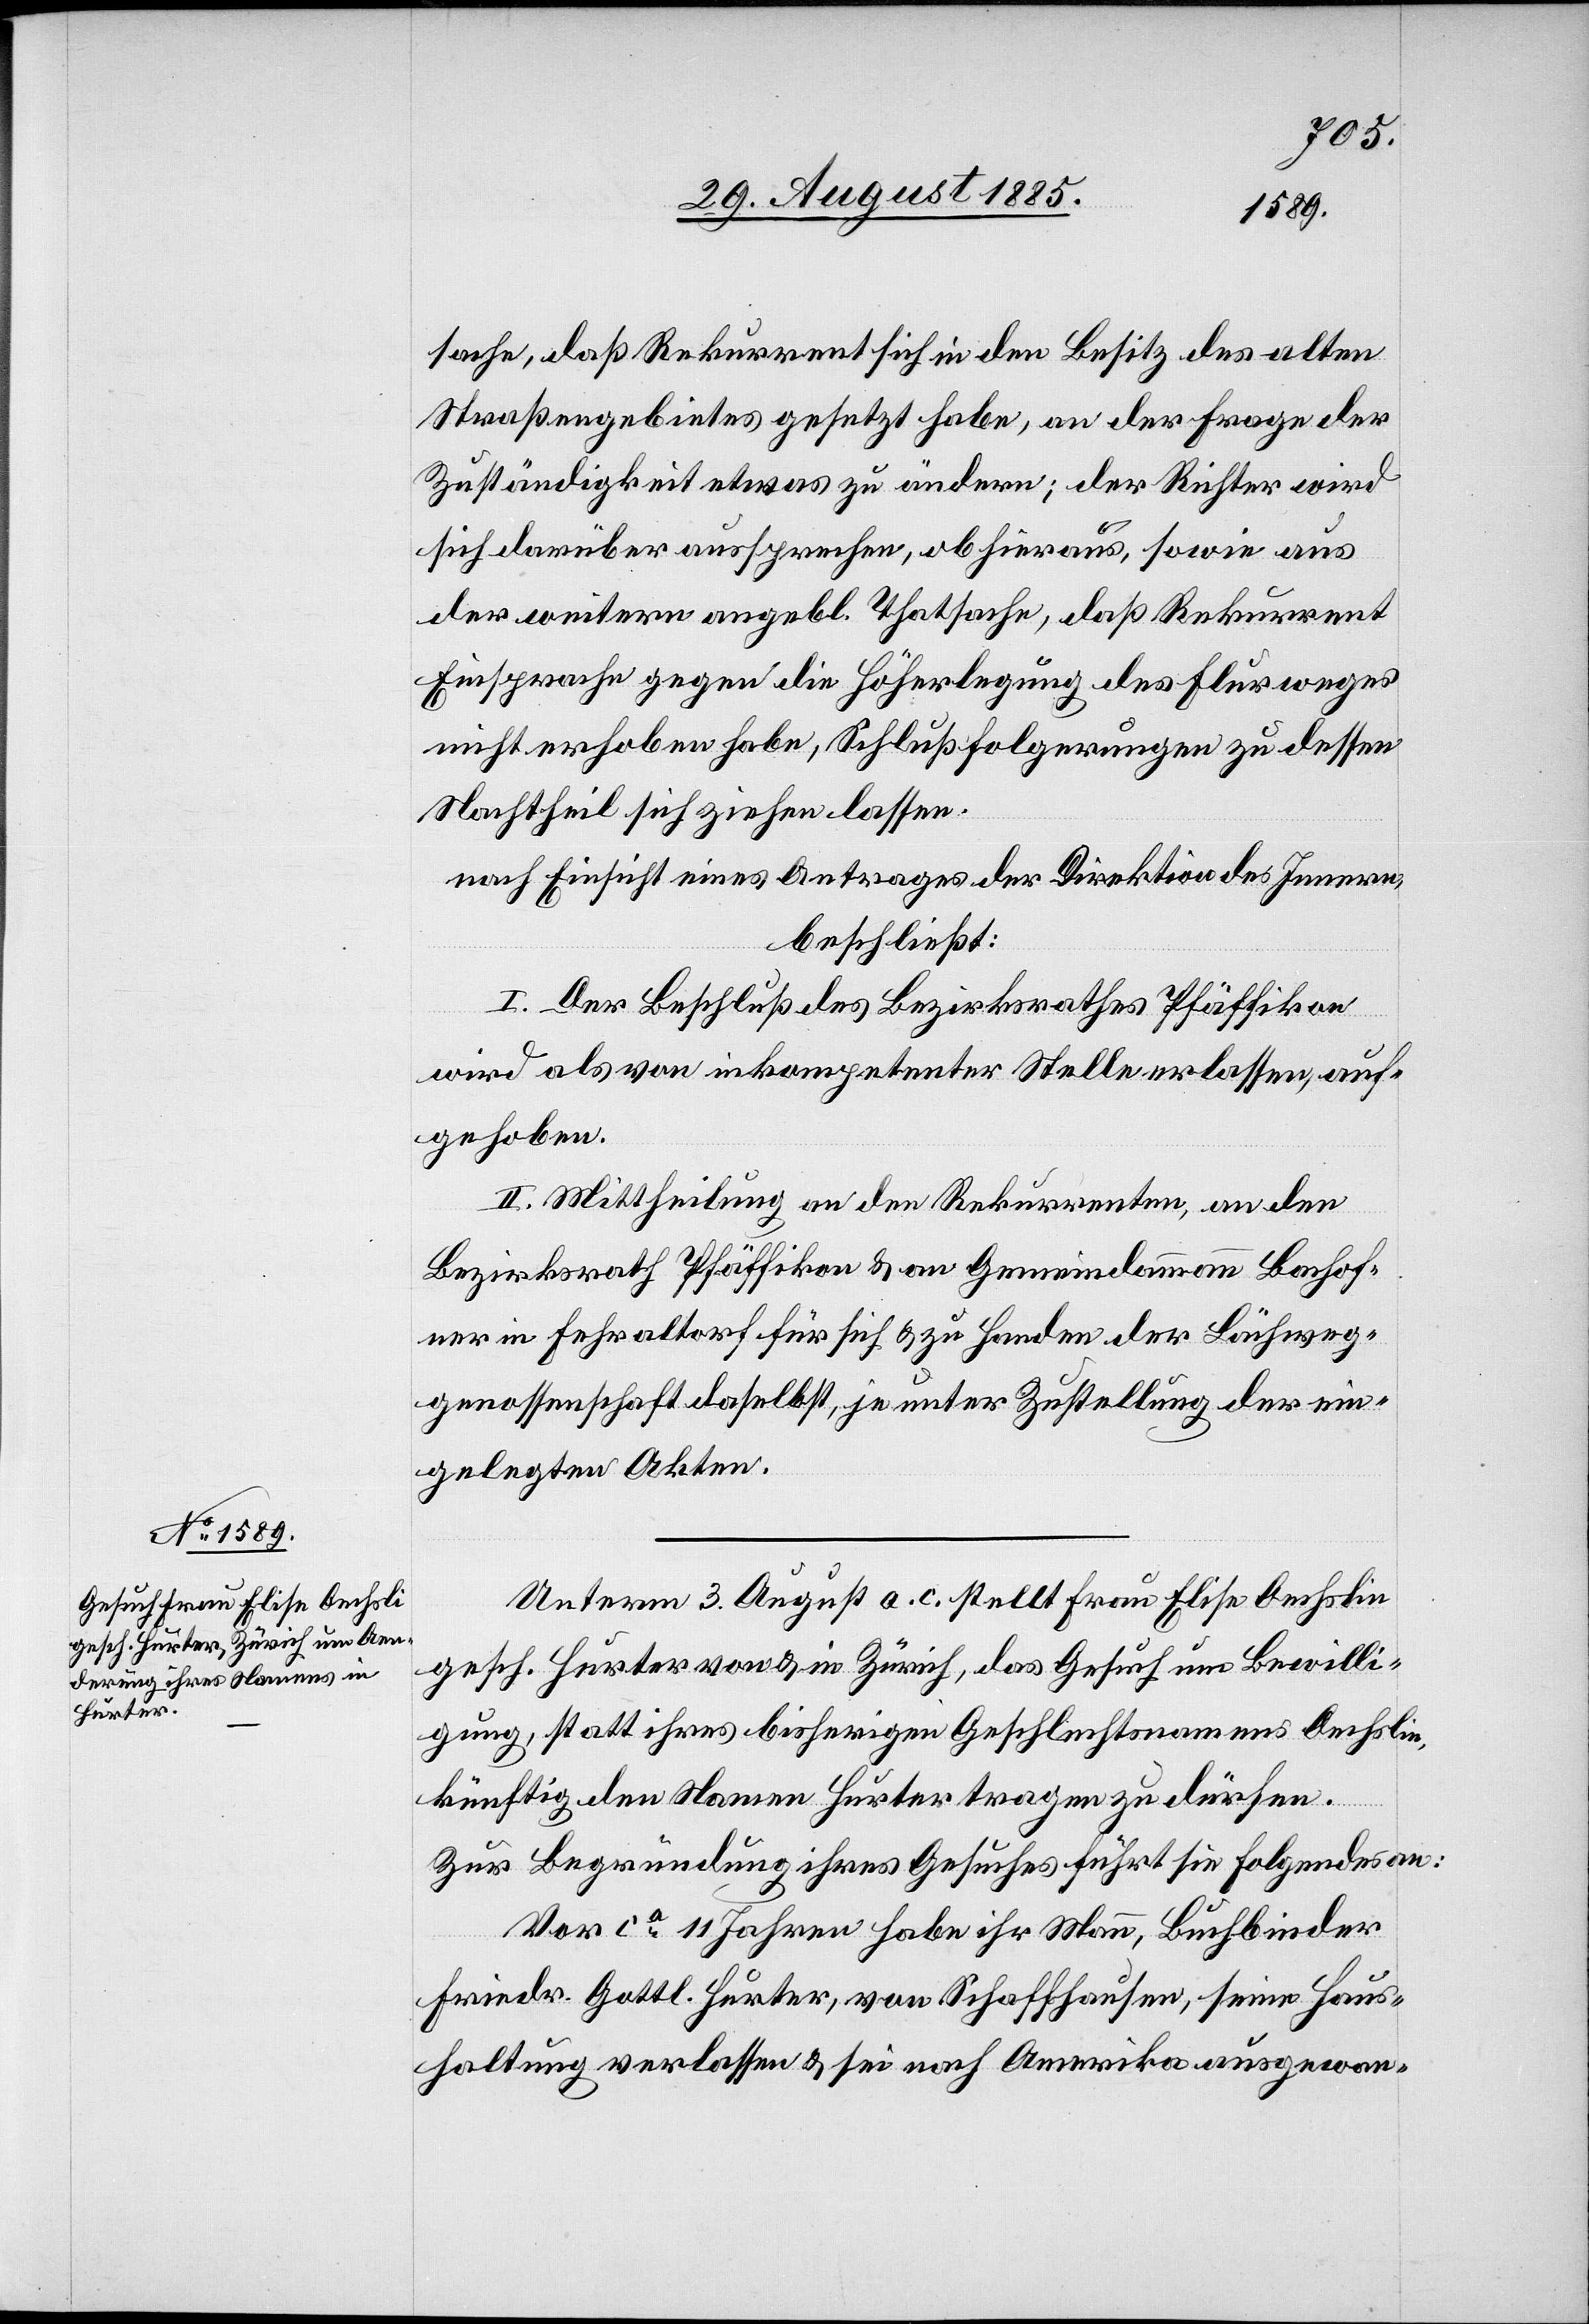
sache, daß Rekurrent sich in den Besitz des alten
Straßengebietes gesetzt habe, an der Frage der
Zuständigkeit etwas zu ändern; der Richter wird
sich darüber aussprechen, ob hieraus, sowie aus
der weitern angebl. Thatsache, daß Rekurrent
Einsprache gegen die Höherlegung des Flurweges
nicht erhoben habe, Schlußfolgerungen zu dessen
Nachtheil sich ziehen lassen.
nach Einsicht eines Antrages der Direktion des Innern,
beschließt:
I. Der Beschluß des Bezirksrathes Pfäffikon
wird als von inkompetenter Stelle erlassen, auf¬
gehoben.
II. Mittheilung an den Rekurrenten an den
Bezirksrath Pfäffikon & an Gemeindammann Bachof¬
ner in Fehraltorf für sich & zu Handen der Lächweg¬
genossenschaft daselbst, je unter Zustellung der ein¬
gelegten Akten.
Unterm 3. August a. c. stellt Frau Elise Oechslin
gesch. Hurter von & in Zürich, das Gesuch um Bewilli¬
gung, statt ihres bisherigen Geschlechtsnamens Oechslin,
künftig den Namen Hurter tragen zu dürfen.
Zur Begründung ihres Gesuches führt sie Folgendes an:
Vor ca 11 Jahren habe ihr Mann, Buchbinder
Friedr. Gottl. Hurter, von Schaffhausen, seine Haus¬
haltung verlassen & sei nach Amerika ausgewan-